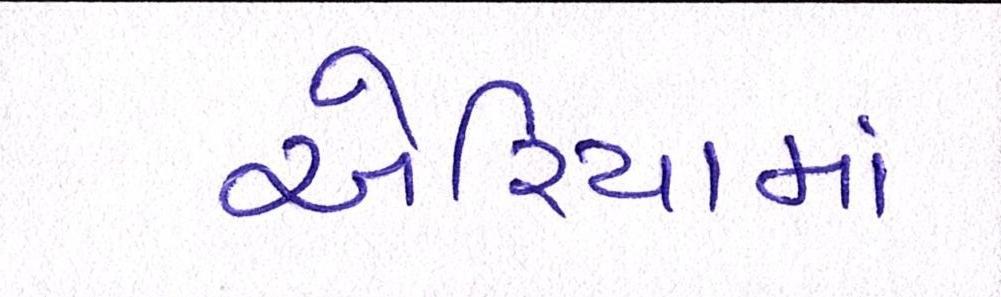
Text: એરિયામાં